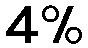
4%